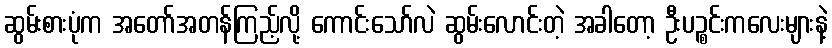
ဆွမ်းစားပုံက အတော်အတန်ကြည့်လို့ ကောင်းသော်လဲ ဆွမ်းလောင်းတဲ့ အခါတော့ ဦးပဉ္စင်းကလေးများနဲ့